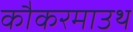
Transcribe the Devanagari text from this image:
कौकरमाउथ